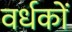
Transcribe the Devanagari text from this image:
वर्धकों